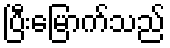
ပြီးမြောက်သည်